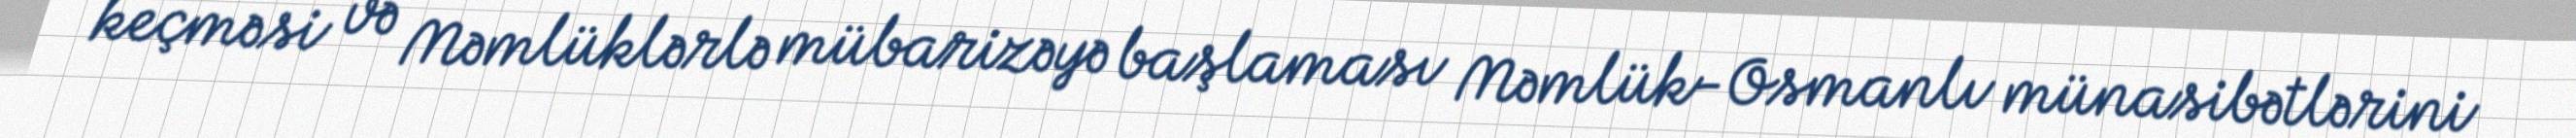
keçməsi və Məmlüklərlə mübarizəyə başlaması Məmlük-Osmanlı münasibətlərini